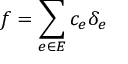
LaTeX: f = \sum _ { e \in E } c _ { e } \delta _ { e }